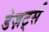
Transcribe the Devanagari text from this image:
डेज़र्ट्स